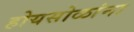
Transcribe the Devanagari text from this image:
होयसोळांना